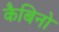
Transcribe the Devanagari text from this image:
कैबिनो